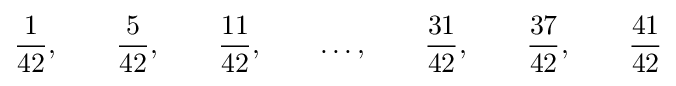
{\frac {1}{42}},\qquad {\frac {5}{42}},\qquad {\frac {11}{42}},\qquad \dots ,\qquad {\frac {31}{42}},\qquad {\frac {37}{42}},\qquad {\frac {41}{42}}